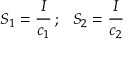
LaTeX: S _ { 1 } = { \cfrac { I } { c _ { 1 } } } ~ ; ~ ~ S _ { 2 } = { \cfrac { I } { c _ { 2 } } }